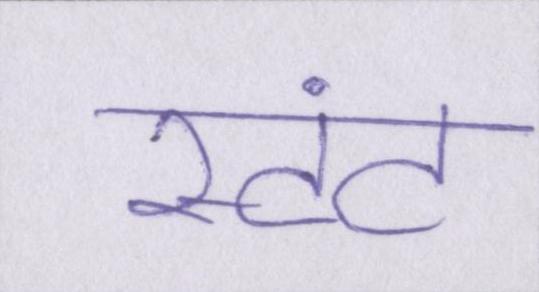
स्टंट